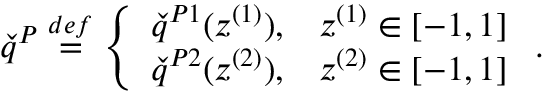
\check { q } ^ { P } \overset { d e f } { = } \left\{ \begin{array} { l l } { \check { q } ^ { P 1 } ( z ^ { ( 1 ) } ) , } & { z ^ { ( 1 ) } \in [ - 1 , 1 ] } \\ { \check { q } ^ { P 2 } ( z ^ { ( 2 ) } ) , } & { z ^ { ( 2 ) } \in [ - 1 , 1 ] } \end{array} \right. .